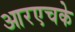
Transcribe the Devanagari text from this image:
आरएचके